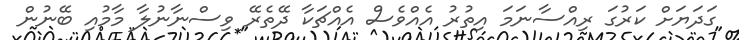
ގަދަޔަށް ކަރުގަ ރިއްސާނަމަ އިތުރު އެއްވެސް އެއްޗަކާ ދޭތެރޭ ވިސްނާނުލާ މާމުއި ބޭނުން